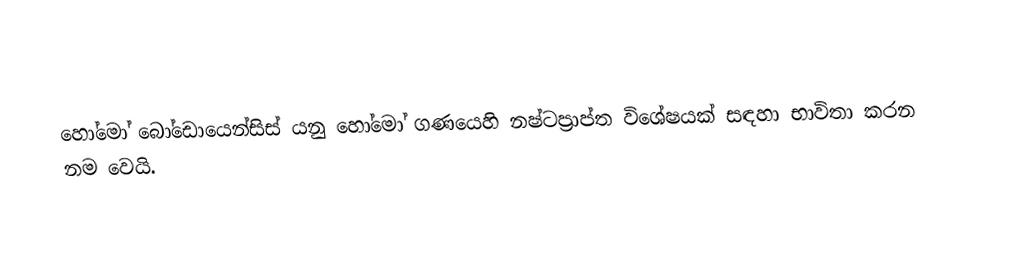
හෝමෝ බෝඩොයෙන්සිස් යනු හෝමෝ ගණයෙහි  නෂ්ටප්‍රාප්ත විශේෂයක් සඳහා භාවිතා කරන නම වෙයි.